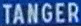
TANGER